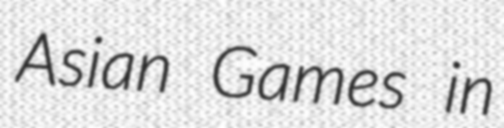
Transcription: Asian Games in